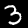
Digit: 3